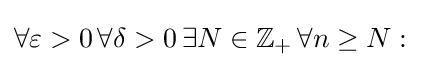
\forall \varepsilon >0\,\forall \delta >0\,\exists N\in \mathbb {Z} _{+}\,\forall n\geq N: